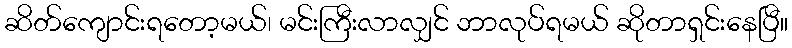
ဆိတ်ကျောင်းရတော့မယ်၊ မင်းကြီးလာလျှင် ဘာလုပ်ရမယ် ဆိုတာရှင်းနေပြီ။